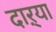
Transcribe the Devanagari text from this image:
दाऱ्या